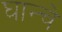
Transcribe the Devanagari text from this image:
घान्चे